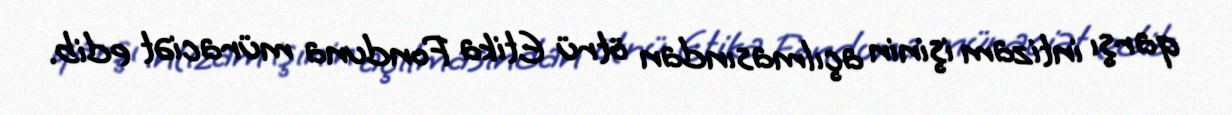
qarşı intizam işinin açılmasından ötrü Etika Fonduna müraciət edib.